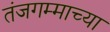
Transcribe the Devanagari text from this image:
तंजगम्माच्या